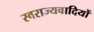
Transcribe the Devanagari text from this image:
स्वराज्यवादियों